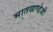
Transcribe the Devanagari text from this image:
भातखण्डेजी